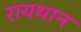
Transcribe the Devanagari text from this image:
रायथान